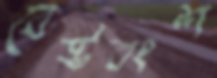
বেষ্টবংশ